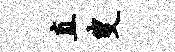
直叟